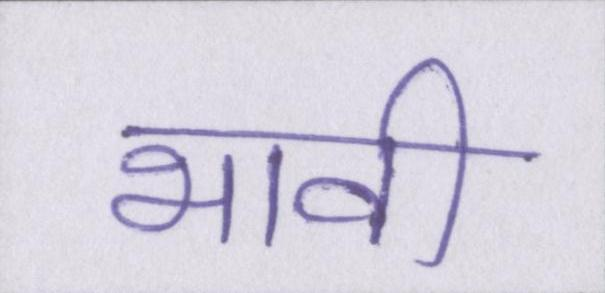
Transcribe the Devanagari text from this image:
भावी